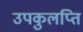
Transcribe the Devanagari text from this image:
उपकुलप्ति